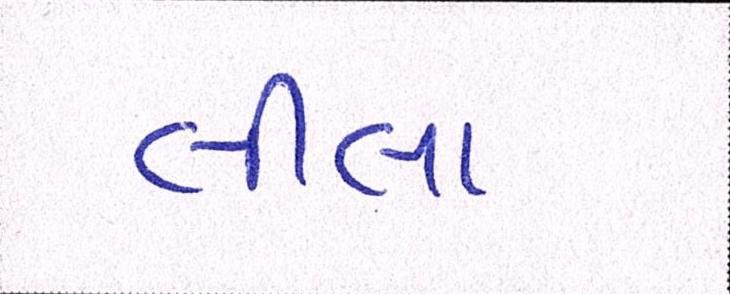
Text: લીલા